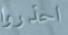
احذروا